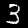
Label: 3